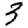
Digit: 9